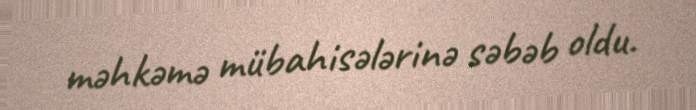
məhkəmə mübahisələrinə səbəb oldu.